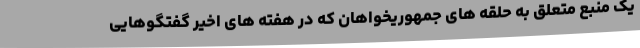
یک منبع متعلق به حلقه های جمهوریخواهان که در هفته های اخیر گفتگوهایی